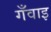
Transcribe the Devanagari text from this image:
गँवाइ